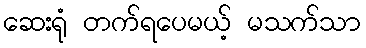
ဆေးရုံ တက်ရပေမယ့် မသက်သာ